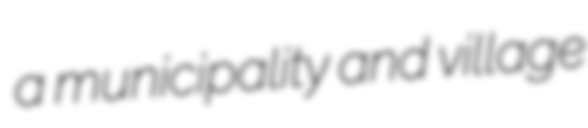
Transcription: a municipality and village